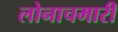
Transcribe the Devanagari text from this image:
लोनाचमारी